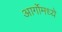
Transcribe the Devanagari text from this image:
आर्गोमध्ये